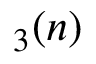
_ 3 ( n )